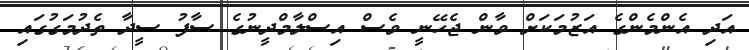
އަދި އެންމެންގެ އަޒުމަކަށް ވާން ޖެހޭނީ ވެސް އިސްލާމްދީނުގެ ސާފު ސީދާ ތެދުމަގުގައި